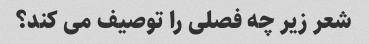
شعر زیر چه فصلی را توصیف می کند؟